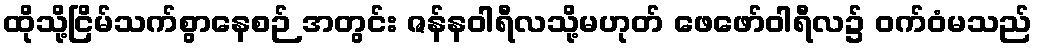
ထိုသို့ငြိမ်သက်စွာနေစဉ် အတွင်း ဇန်နဝါရီလသို့မဟုတ် ဖေဖော်ဝါရီလ၌ ဝက်ဝံမသည်